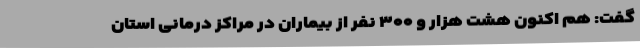
گفت: هم اکنون هشت هزار و ۳۰۰ نفر از بیماران در مراکز درمانی استان